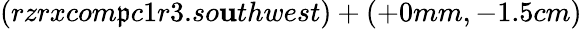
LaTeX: (rzrxcom\mathfrak{p}c1r3.so\mathbf{u}thwest)+(+0mm,-1.5cm)